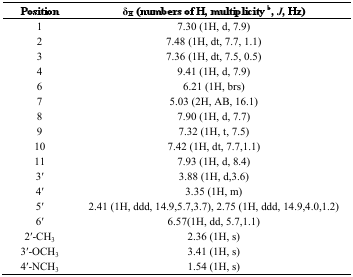
| Position | δH (numbers of H, multiplicity b, J, Hz) |
 | --- | --- |
 | 1 | 7.30 (1H, d, 7.9) |
 | 2 | 7.48 (1H, dt, 7.7, 1.1) |
 | 3 | 7.36 (1H, dt, 7.5, 0.5) |
 | 4 | 9.41 (1H, d, 7.9) |
 | 6 | 6.21 (1H, brs) |
 | 7 | 5.03 (2H, AB, 16.1) |
 | 8 | 7.90 (1H, d, 7.7) |
 | 9 | 7.32 (1H, t, 7.5) |
 | 10 | 7.42 (1H, dt, 7.7,1.1) |
 | 11 | 7.93 (1H, d, 8.4) |
 | 3′ | 3.88 (1H, d,3.6) |
 | 4′ | 3.35 (1H, m) |
 | 5′ | 2.41 (1H, ddd, 14.9,5.7,3.7), 2.75 (1H, ddd, 14.9,4.0,1.2) |
 | 6′ | 6.57(1H, dd, 5.7,1.1) |
 | 2′-CH3 | 2.36 (1H, s) |
 | 3′-OCH3 | 3.41 (1H, s) |
 | 4′-NCH3 | 1.54 (1H, s) |